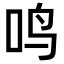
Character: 鸣